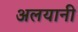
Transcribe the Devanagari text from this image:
अलयानी